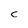
Character: c